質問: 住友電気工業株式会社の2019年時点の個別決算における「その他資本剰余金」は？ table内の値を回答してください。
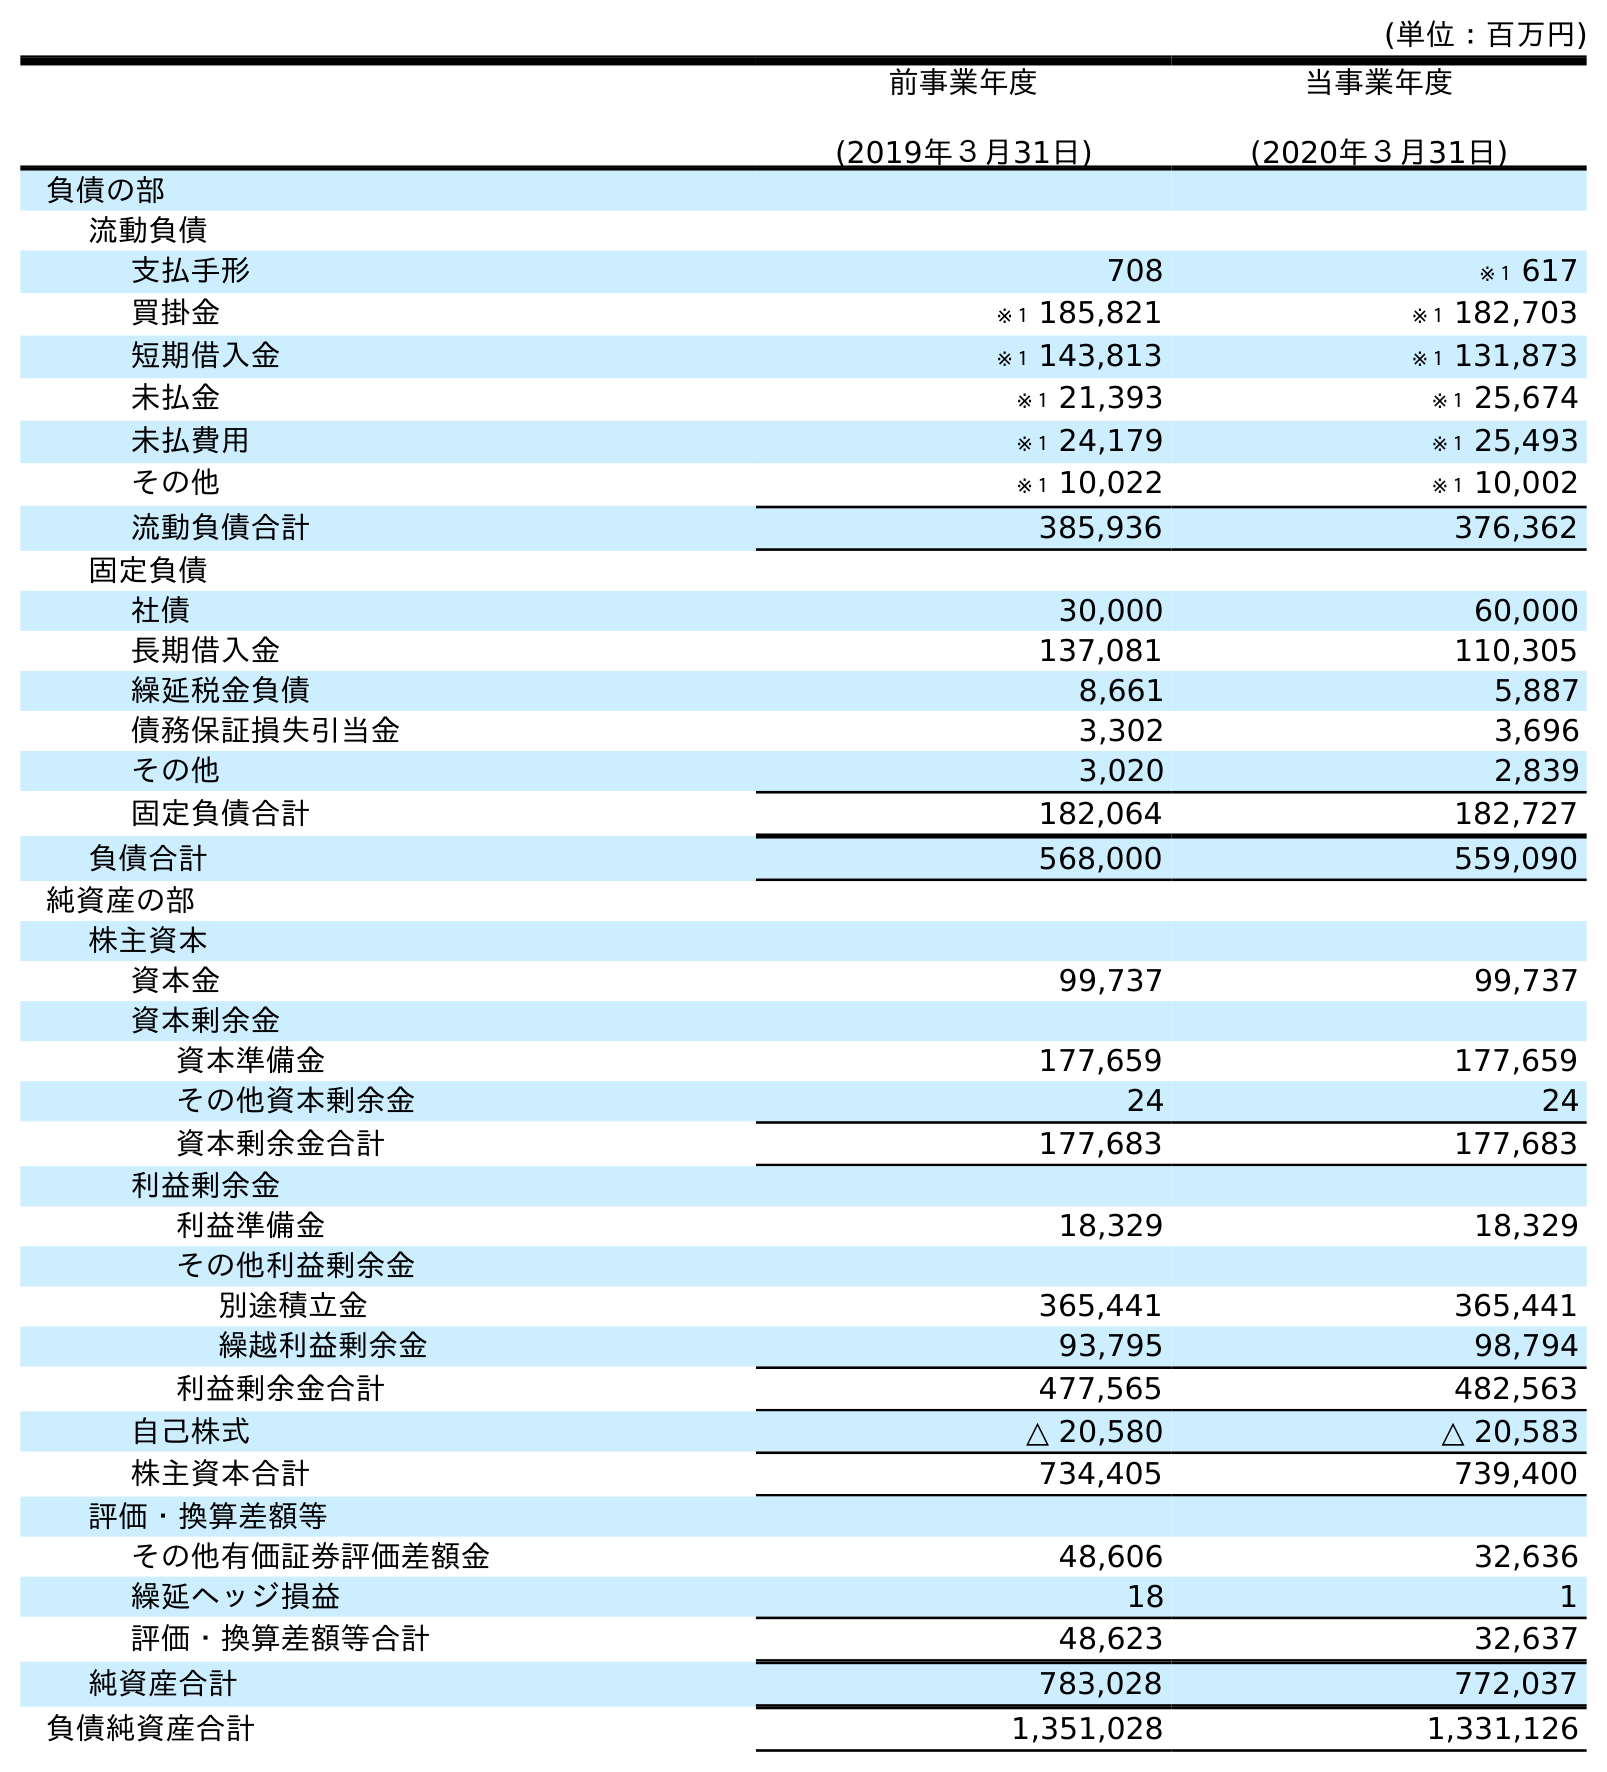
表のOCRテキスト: (単位：百万円) 前事業年度 (2019年３月31日) 当事業年度 (2020年３月31日) 負債の部 流動負債 支払手形 708 ※１ 617 買掛金 ※１ 185,821 ※１ 182,703 短期借入金 ※１ 143,813 ※１ 131,873 未払金 ※１ 21,393 ※１ 25,674 未払費用 ※１ 24,179 ※１ 25,493 その他 ※１ 10,022 ※１ 10,002 流動負債合計 385,936 376,362 固定負債 社債 30,000 60,000 長期借入金 137,081 110,305 繰延税金負債 8,661 5,887 債務保証損失引当金 3,302 3,696 その他 3,020 2,839 固定負債合計 182,064 182,727 負債合計 568,000 559,090 純資産の部 株主資本 資本金 99,737 99,737 資本剰余金 資本準備金 177,659 177,659 その他資本剰余金 24 24 資本剰余金合計 177,683 177,683 利益剰余金 利益準備金 18,329 18,329 その他利益剰余金 別途積立金 365,441 365,441 繰越利益剰余金 93,795 98,794 利益剰余金合計 477,565 482,563 自己株式 △ 20,580 △ 20,583 株主資本合計 734,405 739,400 評価・換算差額等 その他有価証券評価差額金 48,606 32,636 繰延ヘッジ損益 18 1 評価・換算差額等合計 48,623 32,637 純資産合計 783,028 772,037 負債純資産合計 1,351,028 1,331,126
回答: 24